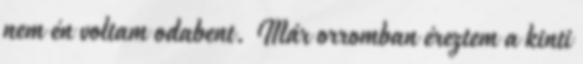
nem én voltam odabent. Már orromban éreztem a kinti